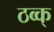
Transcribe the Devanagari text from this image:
ठव्क्